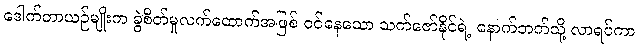
ဒေါက်တာယဉ်မျိုးက ခွဲစိတ်မှုလက်ထောက်အဖြစ် ဝင်နေသော သက်ဇော်နိုင်ရဲ့ နောက်ဘက်သို့ လာရပ်ကာ